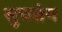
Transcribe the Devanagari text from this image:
सुचतंय